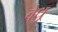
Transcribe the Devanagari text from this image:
वेधू